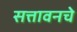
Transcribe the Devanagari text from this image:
सत्तावनचे